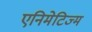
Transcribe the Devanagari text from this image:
एनिमेटिज्म